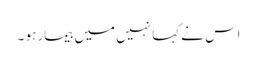
اس نے کہا نہیں میں بیمار ہو ۔